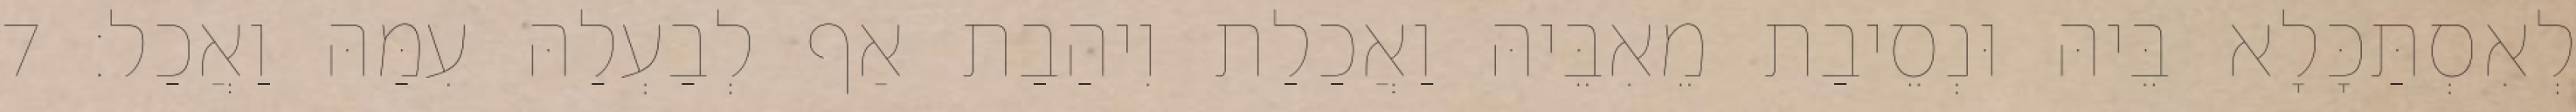
לְאִסְתַּכָּלָא בֵּיהּ וּנְסֵיבַת מֵאִבֵּיהּ וַאֲכַלַת וִיהַבַת אַף לְבַעְלַהּ עִמַּהּ וַאֲכַל׃ 7